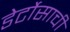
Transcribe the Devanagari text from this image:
डेर्टोसाची